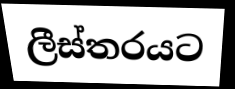
ලීස්තරයට